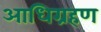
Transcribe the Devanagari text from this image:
आधिग्रहण